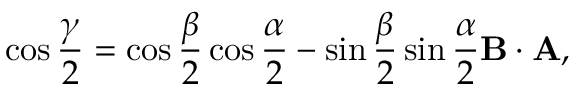
\cos { \frac { \gamma } { 2 } } = \cos { \frac { \beta } { 2 } } \cos { \frac { \alpha } { 2 } } - \sin { \frac { \beta } { 2 } } \sin { \frac { \alpha } { 2 } } \mathbf { B } \cdot \mathbf { A } ,